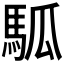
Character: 𩢍